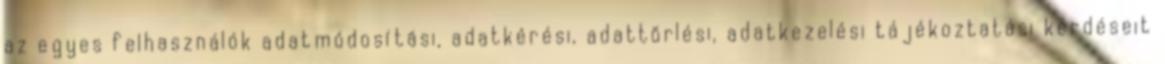
az egyes felhasználók adatmódosítási, adatkérési, adattörlési, adatkezelési tájékoztatási kérdéseit